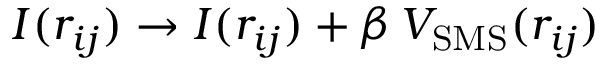
I ( r _ { i j } ) \to I ( r _ { i j } ) + \beta \, V _ { \mathrm { S M S } } ( r _ { i j } )